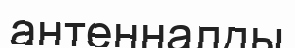
антенналды